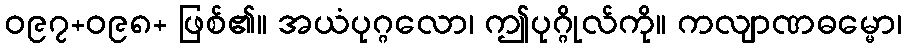
ဝ၉၇+ဝ၉၈+ ဖြစ်၏။ အယံပုဂ္ဂလော၊ ဤပုဂ္ဂိုလ်ကို။ ကလျာဏဓမ္မော၊